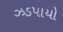
ઝડપાયો